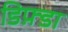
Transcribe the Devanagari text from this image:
डिफ़्डा